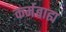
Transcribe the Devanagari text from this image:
कर्मबाह्य